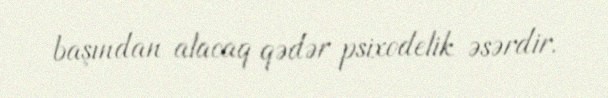
başından alacaq qədər psixodelik əsərdir.